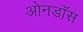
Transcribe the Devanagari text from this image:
ओनडॉस